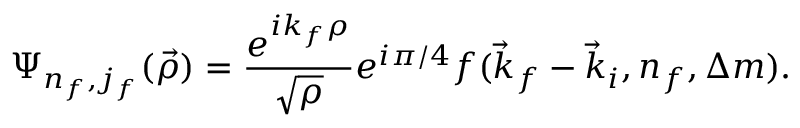
\Psi _ { n _ { f } , j _ { f } } ( \vec { \rho } ) = \frac { e ^ { i k _ { f } \rho } } { \sqrt { \rho } } e ^ { i \pi / 4 } f ( \vec { k } _ { f } - \vec { k } _ { i } , n _ { f } , \Delta m ) .